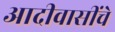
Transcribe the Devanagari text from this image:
आदीवासींचे